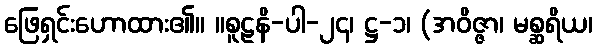
ဖြေရှင်းဟောထား၏။ ။စူဠနိ-ပါ-၂၄၊ ဋ္ဌ-၁၊ (အဝိဇ္ဇာ၊ မစ္ဆရိယ၊